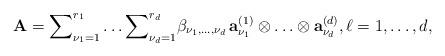
LaTeX: \begin{align*} {\bf A} ={\sum}_{\nu_1 =1}^{r_1}\ldots{\sum}^{r_d}_{{\nu_d}=1} \beta_{\nu_1, \ldots ,\nu_d}\, {\bf a}^{(1)}_{\nu_1} \otimes \ldots \otimes {\bf a}^{(d)}_{\nu_d},\ell=1,\ldots,d ,\end{align*}